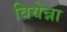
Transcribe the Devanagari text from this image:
वियेन्ना